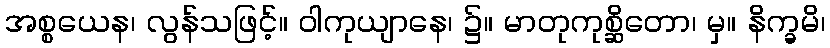
အစ္စယေန၊ လွန်သဖြင့်။ ဝါကုယျာနေ၊ ၌။ မာတုကုစ္ဆိတော၊ မှ။ နိက္ခမိ၊